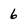
Character: 6